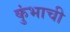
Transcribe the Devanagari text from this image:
कुंभाची